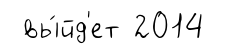
вы́йд'ет 2014